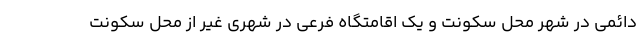
دائمی در شهر محل سکونت و یک اقامتگاه فرعی در شهری غیر از محل سکونت